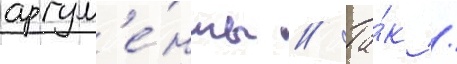
аргум'е́нты // Та́к /